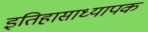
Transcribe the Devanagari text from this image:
इतिहासाध्यापक